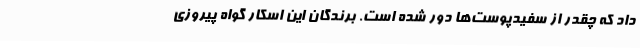
داد که چقدر از سفیدپوست‌ها دور شده است. برندگان این اسکار گواه پیروزی